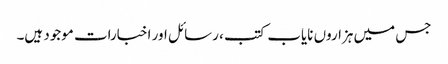
جس میں ہزاروں نایاب کتب ، رسائل اور اخبارات موجود ہیں۔